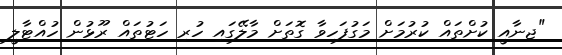
"ޖިނާއީ ކުށްތައް ކުރުމަށް މަގުފަހިވާ ގޮތަށް މާލޭގައި ހުރި ހަޓުތައް ރޫޅުން ހުއްޓާލީ